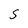
Character: S